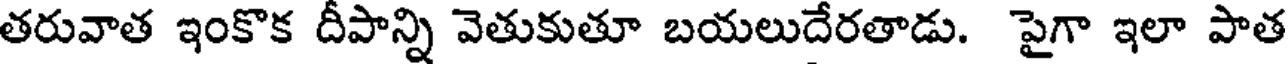
తరువాత ఇంకొక దీపాన్ని వెతుకుతూ బయలుదేరతాడు. పైగా ఇలా పాత